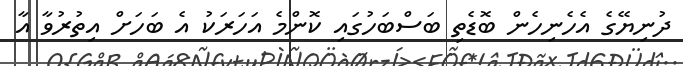
ދުނިޔޭގެ އެހެނިހެން ބޮޑެތި ބަސްބަހުގައި ކޮންމެ އަހަރަކު އެ ބަހަށް އިތުރުވާ އާ